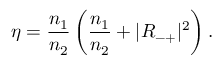
\eta = \frac { n _ { 1 } } { n _ { 2 } } \left( \frac { n _ { 1 } } { n _ { 2 } } + | R _ { - + } | ^ { 2 } \right) .